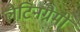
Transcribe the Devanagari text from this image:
लैटिनग्रैमी